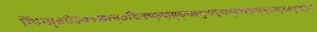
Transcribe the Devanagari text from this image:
ग्यिग्य्र्७ऐइ७५ख्फ्त्७दित्र्क्य्फ्फ्र्य्र्क्च्त्क्दुत्फ्दुय्फ्य्फुत्फ्द्ग्फ्त्५त्च्तुद्७फुत्दु५ए